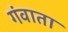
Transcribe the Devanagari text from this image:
गंवाता